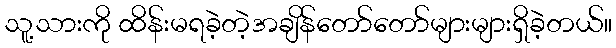
သူ့သားကို ထိန်းမရခဲ့တဲ့အချိန်တော်တော်များများရှိခဲ့တယ်။